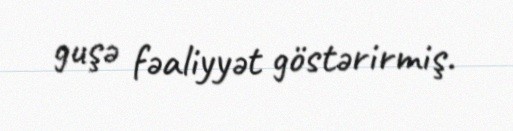
guşə fəaliyyət göstərirmiş.